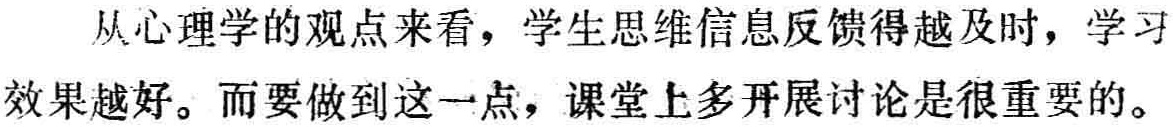
从心理学的观点来看，学生思维信息反馈得越及时，学习效果越好。而要做到这一点，课堂上多开展讨论是很重要的。